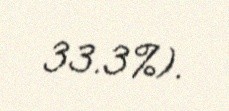
33.3%).